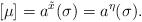
LaTeX: \begin{align*} [\mu ]=a^{\tilde x} (\sigma )=a^\eta (\sigma ). \end{align*}